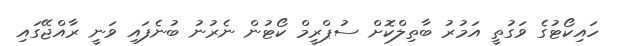
ހައިކޯޓުގެ ވަގުތީ އަމުރު ބާތިލްކޮށް ސުޕްރީމް ކޯޓުން ނެރުނު ބުނެފައި ވަނީ ރާއްޖޭގައި